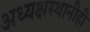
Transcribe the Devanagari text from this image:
अध्यक्षस्थानीही